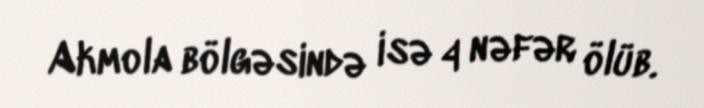
Akmola bölgəsində isə 4 nəfər ölüb.